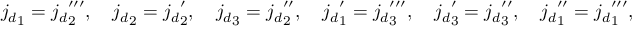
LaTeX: { j _ { d } } _ { 1 } = { j _ { d } } _ { 2 } ^ { \prime \prime \prime } , \quad { j _ { d } } _ { 2 } = { j _ { d } } _ { 2 } ^ { \prime } , \quad { j _ { d } } _ { 3 } = { j _ { d } } _ { 2 } ^ { \prime \prime } , \quad { j _ { d } } _ { 1 } ^ { \prime } = { j _ { d } } _ { 3 } ^ { \prime \prime \prime } , \quad { j _ { d } } _ { 3 } ^ { \prime } = { j _ { d } } _ { 3 } ^ { \prime \prime } , \quad { j _ { d } } _ { 1 } ^ { \prime \prime } = { j _ { d } } _ { 1 } ^ { \prime \prime \prime } ,